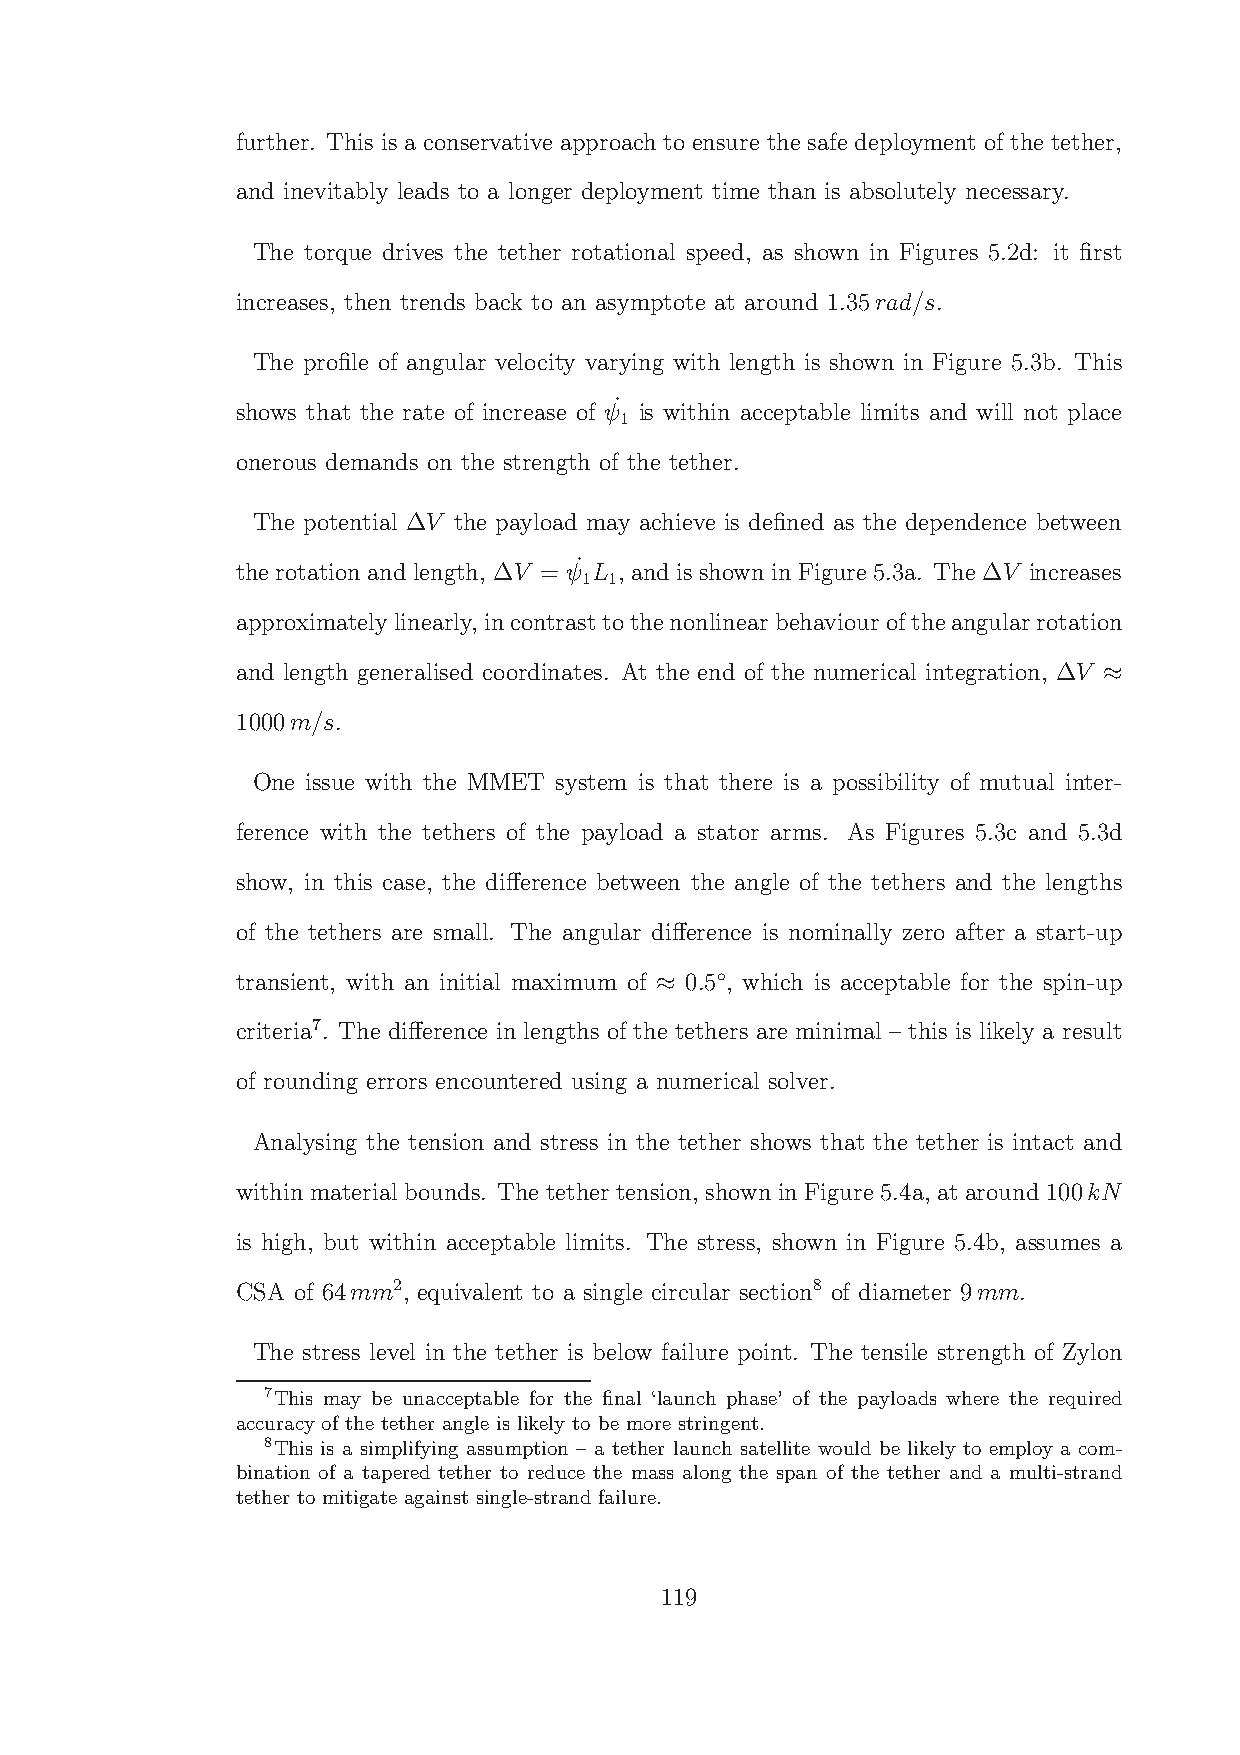
further. This is a conservative approach to ensure the safe deployment of the tether,
 and inevitably leads to a longer deployment time than is absolutely necessary.
 The torque drives the tether rotational speed, as shown in Figures 5.2d: it first
 increases, then trends back to an asymptote at around 1.35rad/s.
 The profile of angular velocity varying with length is shown in Figure 5.3b. This
 ˙
 shows that the rate of increase of ψ is within acceptable limits and will not place
 1
 onerous demands on the strength of the tether.
 The potential ∆V the payload may achieve is defined as the dependence between
 ˙
 therotationandlength, ∆V = ψ L , and isshown inFigure5.3a. The ∆V increases
 1 1
 approximatelylinearly, incontrasttothenonlinearbehaviouroftheangularrotation
 and length generalised coordinates. At the end of the numerical integration, ∆V
 ≈
 1000m/s.
 One issue with the MMET system is that there is a possibility of mutual inter-
 ference with the tethers of the payload a stator arms. As Figures 5.3c and 5.3d
 show, in this case, the difference between the angle of the tethers and the lengths
 of the tethers are small. The angular difference is nominally zero after a start-up
 ◦
 transient, with an initial maximum of 0.5 , which is acceptable for the spin-up
 ≈
 criteria7. The difference in lengths of the tethers are minimal – this is likely a result
 of rounding errors encountered using a numerical solver.
 Analysing the tension and stress in the tether shows that the tether is intact and
 within material bounds. The tether tension, shown in Figure5.4a, at around 100kN
 is high, but within acceptable limits. The stress, shown in Figure 5.4b, assumes a
 CSA of 64mm2, equivalent to a single circular section8 of diameter 9mm.
 The stress level in the tether is below failure point. The tensile strength of Zylon
 7This may be unacceptable for the final ‘launch phase’ of the payloads where the required
 accuracy of the tether angle is likely to be more stringent.
 8This is a simplifying assumption – a tether launch satellite would be likely to employ a com-
 bination of a tapered tether to reduce the mass along the span of the tether and a multi-strand
 tether to mitigate against single-strand failure.
 119